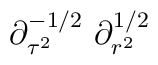
\partial_{\tau^{2}}^{-1/2} \ \partial_{r^{2}}^{1/2}